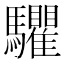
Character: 𩧘